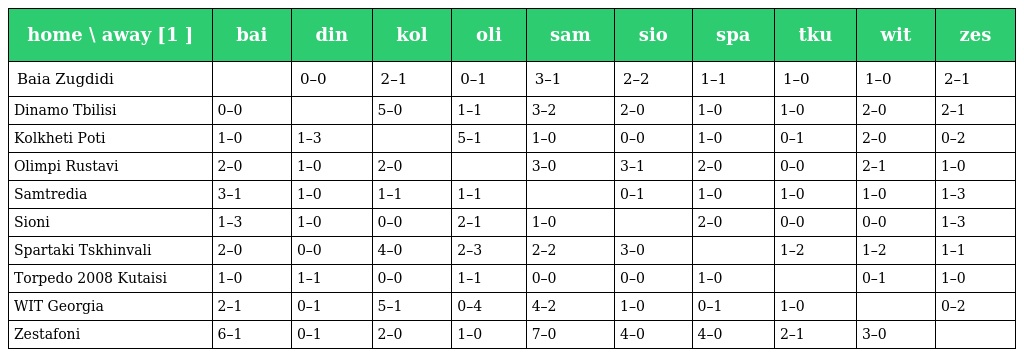
| home \ away [1 ] | bai | din | kol | oli | sam | sio | spa | tku | wit | zes |
 | --- | --- | --- | --- | --- | --- | --- | --- | --- | --- | --- |
 | Baia Zugdidi |  | 0–0 | 2–1 | 0–1 | 3–1 | 2–2 | 1–1 | 1–0 | 1–0 | 2–1 |
 | Dinamo Tbilisi | 0–0 |  | 5–0 | 1–1 | 3–2 | 2–0 | 1–0 | 1–0 | 2–0 | 2–1 |
 | Kolkheti Poti | 1–0 | 1–3 |  | 5–1 | 1–0 | 0–0 | 1–0 | 0–1 | 2–0 | 0–2 |
 | Olimpi Rustavi | 2–0 | 1–0 | 2–0 |  | 3–0 | 3–1 | 2–0 | 0–0 | 2–1 | 1–0 |
 | Samtredia | 3–1 | 1–0 | 1–1 | 1–1 |  | 0–1 | 1–0 | 1–0 | 1–0 | 1–3 |
 | Sioni | 1–3 | 1–0 | 0–0 | 2–1 | 1–0 |  | 2–0 | 0–0 | 0–0 | 1–3 |
 | Spartaki Tskhinvali | 2–0 | 0–0 | 4–0 | 2–3 | 2–2 | 3–0 |  | 1–2 | 1–2 | 1–1 |
 | Torpedo 2008 Kutaisi | 1–0 | 1–1 | 0–0 | 1–1 | 0–0 | 0–0 | 1–0 |  | 0–1 | 1–0 |
 | WIT Georgia | 2–1 | 0–1 | 5–1 | 0–4 | 4–2 | 1–0 | 0–1 | 1–0 |  | 0–2 |
 | Zestafoni | 6–1 | 0–1 | 2–0 | 1–0 | 7–0 | 4–0 | 4–0 | 2–1 | 3–0 |  |